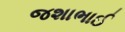
જશાભાઈ